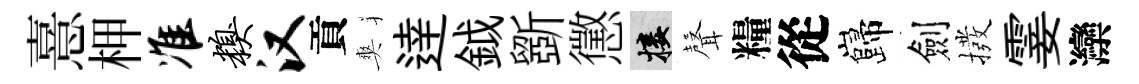
憙柙准糗汉貢爽逹鉞斵懲接𮋻糧從巋劍撥霎灤